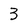
Character: 3